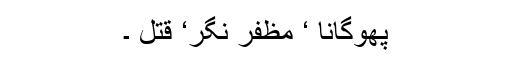
پھوگانا ‘ مظفر نگر‘ قتل ۔